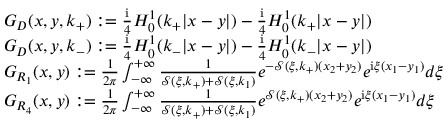
\begin{array} { r l } & { G _ { D } ( x , y , k _ { + } ) : = \frac { \mathrm { i } } { 4 } H _ { 0 } ^ { 1 } ( k _ { + } | x - y | ) - \frac { \mathrm { i } } { 4 } H _ { 0 } ^ { 1 } ( k _ { + } | x - y | ) } \\ & { G _ { D } ( x , y , k _ { - } ) : = \frac { \mathrm { i } } { 4 } H _ { 0 } ^ { 1 } ( k _ { - } | x - y | ) - \frac { \mathrm { i } } { 4 } H _ { 0 } ^ { 1 } ( k _ { - } | x - y | ) } \\ & { G _ { R _ { 1 } } ( x , y ) : = \frac { 1 } { 2 \pi } \int _ { - \infty } ^ { + \infty } \frac { 1 } { \mathcal { S } ( \xi , k _ { + } ) + \mathcal { S } ( \xi , k _ { 1 } ) } e ^ { - \mathcal { S } ( \xi , k _ { + } ) ( x _ { 2 } + y _ { 2 } ) } e ^ { \mathrm { i } \xi ( x _ { 1 } - y _ { 1 } ) } d \xi } \\ & { G _ { R _ { 4 } } ( x , y ) : = \frac { 1 } { 2 \pi } \int _ { - \infty } ^ { + \infty } \frac { 1 } { \mathcal { S } ( \xi , k _ { + } ) + \mathcal { S } ( \xi , k _ { 1 } ) } e ^ { \mathcal { S } ( \xi , k _ { + } ) ( x _ { 2 } + y _ { 2 } ) } e ^ { \mathrm { i } \xi ( x _ { 1 } - y _ { 1 } ) } d \xi } \end{array}